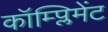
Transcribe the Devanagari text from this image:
कॉम्प्लिमेंट